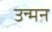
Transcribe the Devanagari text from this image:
उन्मन